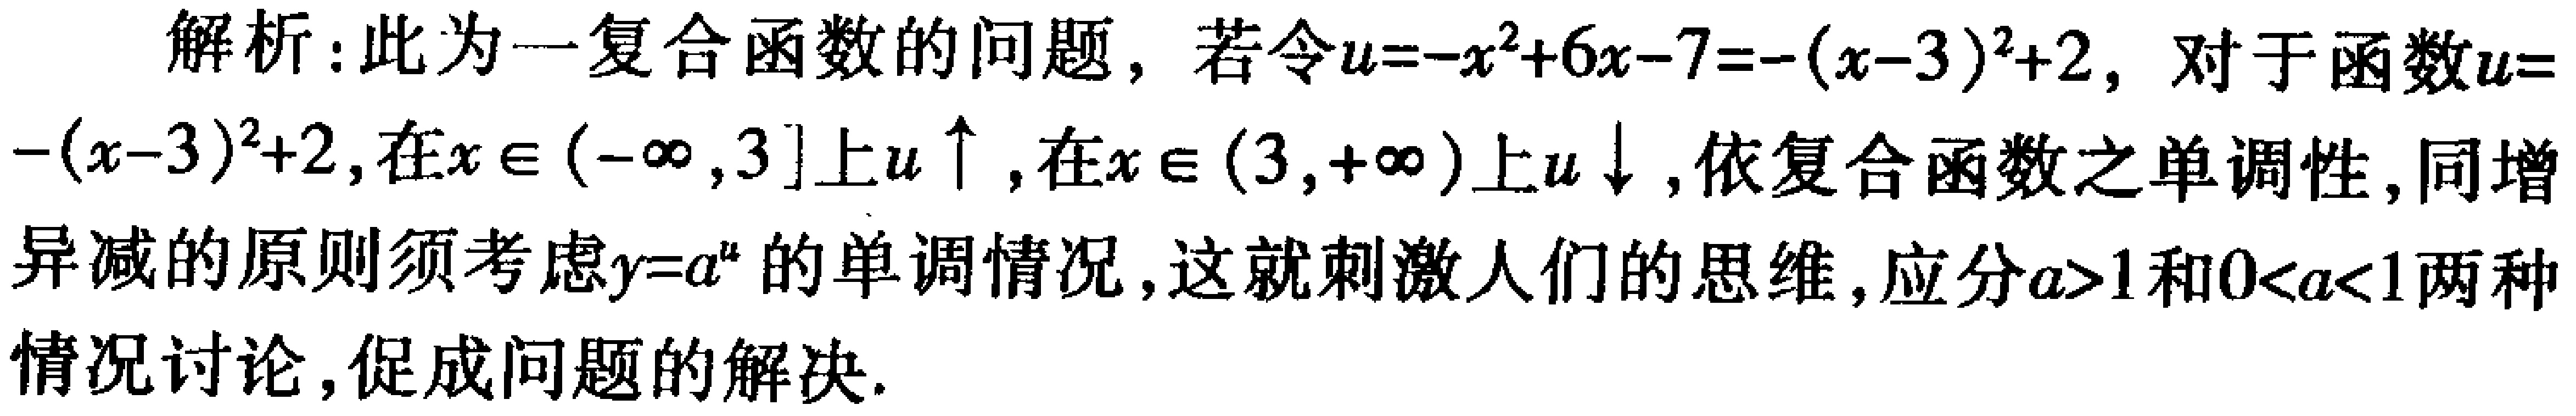
解析：此为一复合函数的问题，若令\(u = -x^{2}+6x - 7=-(x - 3)^{2}+2\)，对于函数\(u=-(x - 3)^{2}+2\)，在\(x\in(-\infty,3]\)上\(u\uparrow\)，在\(x\in(3,+\infty)\)上\(u\downarrow\)，依复合函数之单调性，同增异减的原则须考虑\(y = a^{u}\)的单调情况，这就刺激人们的思维，应分\(a>1\)和\(0<a<1\)两种情况讨论，促成问题的解决.